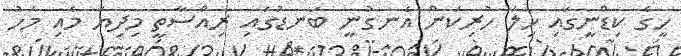
ހީގެ ކިޑްނީގައި ހިލަ ހުރިކަން އެނގުނީ ބަނޑުގައި ރިއްސާތީ މިދިޔަ މެއި މަހު